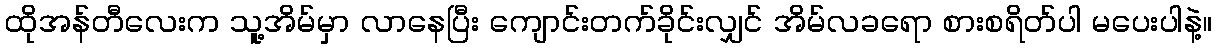
ထိုအန်တီလေးက သူ့အိမ်မှာ လာနေပြီး ကျောင်းတက်ခိုင်းလျှင် အိမ်လခရော စားစရိတ်ပါ မပေးပါနဲ့။